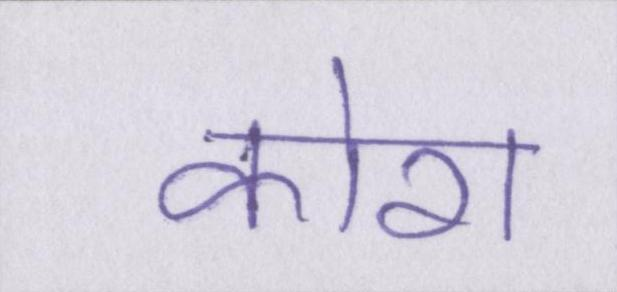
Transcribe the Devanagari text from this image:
कोरा